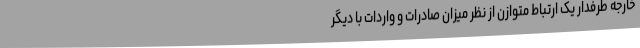
خارجه طرفدار یک ارتباط متوازن از نظر میزان صادرات و واردات با دیگر